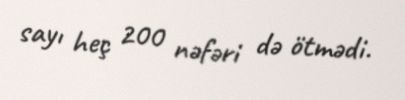
sayı heç 200 nəfəri də ötmədi.